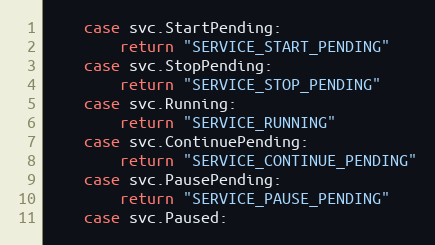
Language: Go
	case svc.StartPending:
		return "SERVICE_START_PENDING"
	case svc.StopPending:
		return "SERVICE_STOP_PENDING"
	case svc.Running:
		return "SERVICE_RUNNING"
	case svc.ContinuePending:
		return "SERVICE_CONTINUE_PENDING"
	case svc.PausePending:
		return "SERVICE_PAUSE_PENDING"
	case svc.Paused: